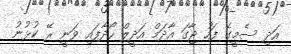
އަދި ސެމީގެ ފަހު ޖާގަ އާދަމް އަދީލް ހޯދާފައި ވަނީ ރޭ ކުޅުނު